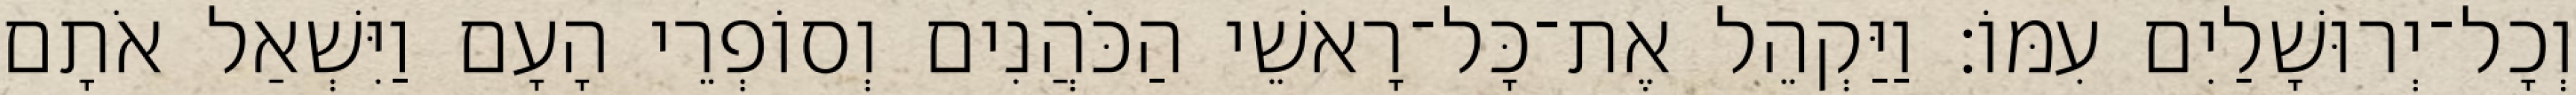
וְכָל־יְרוּשָׁלַיִם עִמּוֹ׃ וַיַּקְהֵל אֶת־כָּל־רָאשֵׁי הַכֹּהֲנִים וְסוֹפְרֵי הָעָם וַיִּשְׁאַל אֹתָם